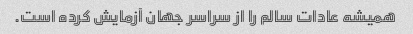
همیشه عادات سالم را از سراسر جهان آزمایش کرده است.